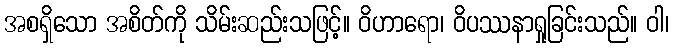
အစရှိသော အစိတ်ကို သိမ်းဆည်းသဖြင့်။ ဝိဟာရော၊ ဝိပဿနာရှုခြင်းသည်။ ဝါ၊